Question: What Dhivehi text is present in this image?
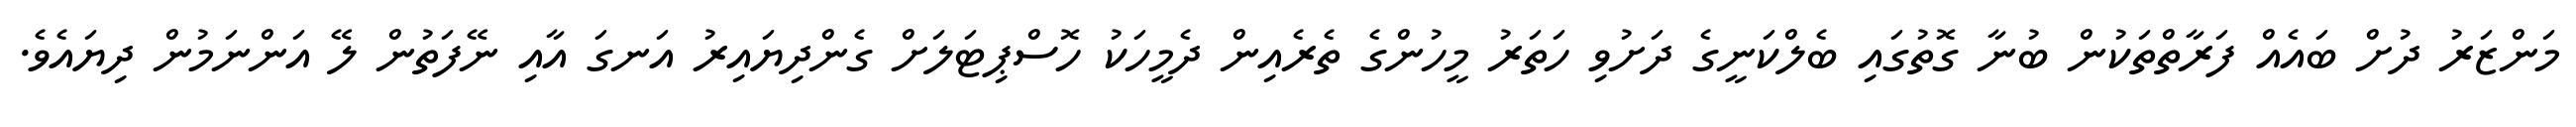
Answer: މަންޒަރު ދުށް ބައެއް ފަރާތްތަކުން ބުނާ ގޮތުގައި ބެލްކަނީގެ ދަށުވި ހަތަރު މީހުންގެ ތެރެއިން ދެމީހަކު ހޮސްޕިޓަލަށް ގެންދިޔައިރު އަނގަ އާއި ނޭފަތުން ލޭ އަންނަމުން ދިޔައެވެ.